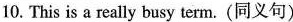
10. This is a really busy term. (同义句)